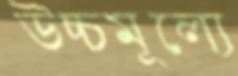
উচ্চমূল্যে